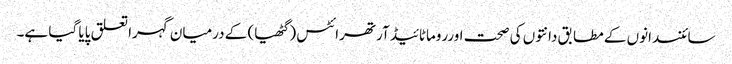
سائنسدانوں کے مطابق دانتوں کی صحت اورروماٹائیڈ آرتھرائٹس ( گٹھیا) کے درمیان گہرا تعلق پایا گیا ہے۔